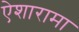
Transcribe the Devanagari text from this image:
ऐशारामा